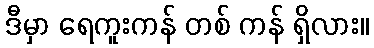
ဒီမှာ ရေကူးကန် တစ် ကန် ရှိလား။